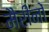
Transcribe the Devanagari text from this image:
मैरीनों